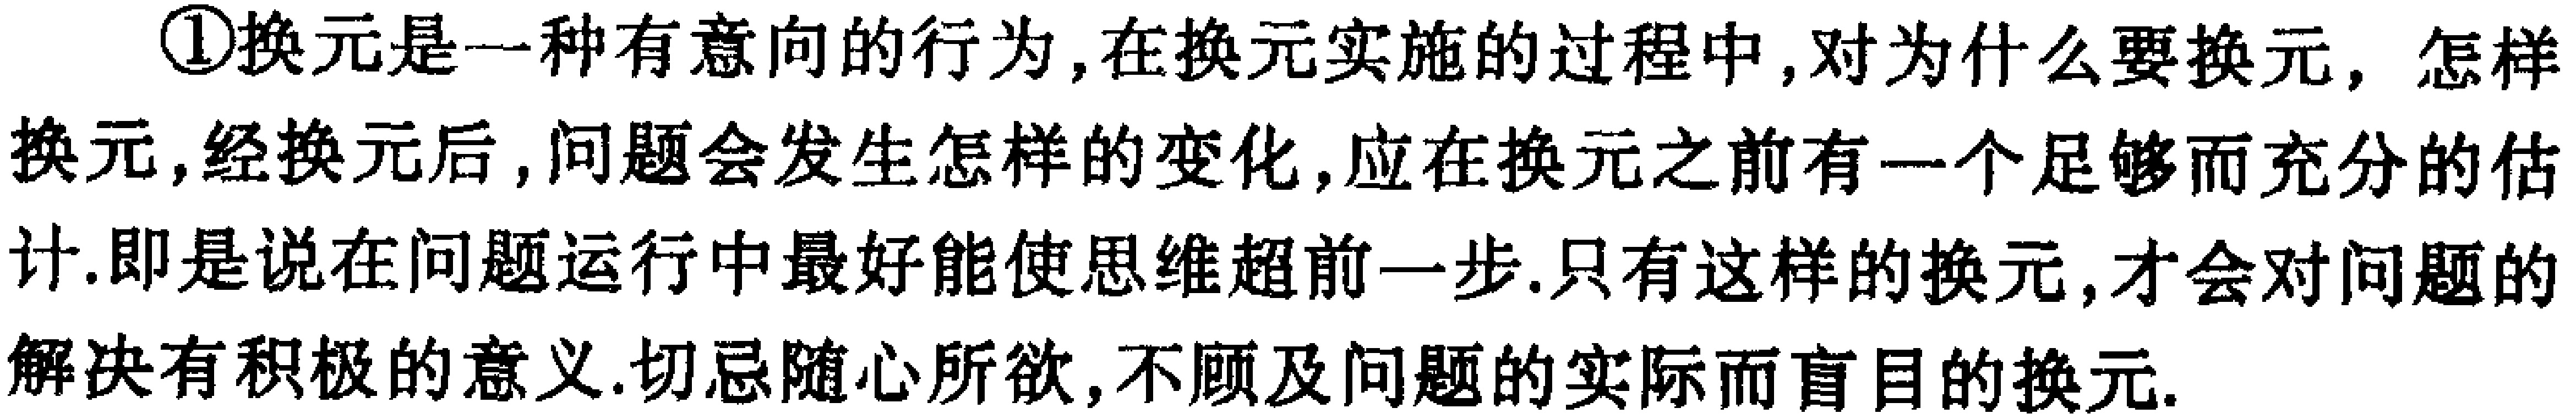
\textcircled{1}换元是一种有意向的行为,在换元实施的过程中,对为什么要换元, 怎样换元,经换元后,问题会发生怎样的变化,应在换元之前有一个足够而充分的估计.即是说在问题运行中最好能使思维超前一步.只有这样的换元,才会对问题的解决有积极的意义.切忌随心所欲,不顾及问题的实际而盲目的换元.